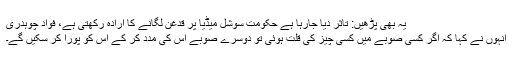
یہ بھی پڑھیں: تاثر دیا جارہا ہے حکومت سوشل میڈیا پر قدغن لگانے کا ارادہ رکھتی ہے، فواد چوہدری
انہوں نے کہا کہ اگر کسی صوبے میں کسی چیز کی قلت ہوئی تو دوسرے صوبے اس کی مدد کر کے اس کو پورا کر سکیں گے۔